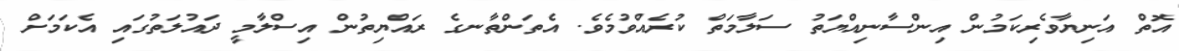
އޮތް އަނިޔާވެރިކަމުން އިންސާނިއްޔަތު ސަލާމަތް ކުރެއްވުމެވެ. އެތަންތާނގެ ރައްޔިތުން އިސްލާމީ ދައުލަތުގައި އެކަމަށް